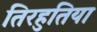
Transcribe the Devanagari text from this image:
तिरहुतिया